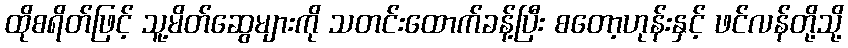
ထိုစရိတ်ဖြင့် သူ့မိတ်ဆွေများကို သတင်းထောက်ခန့်ပြီး စတော့ဟုန်းနှင့် ဖင်လန်တို့သို့